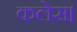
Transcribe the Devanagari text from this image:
कलेस।